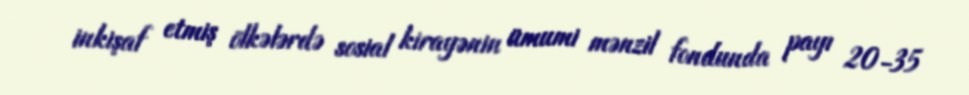
inkişaf etmiş ölkələrdə sosial kirayənin ümumi mənzil fondunda payı 20-35